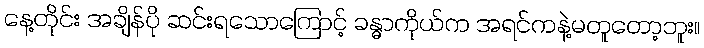
နေ့တိုင်း အချိန်ပို ဆင်းရသောကြောင့် ခန္ဓာကိုယ်က အရင်ကနဲ့မတူတော့ဘူး။